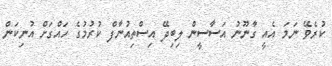
ކުރެވޭ ނަމަ އެއީ ގާނޫނު އަސާސީން ލިބިދޭ އިސްތިއުނާފް ކުރުމުގެ ހައްގަށް އުނިކަން